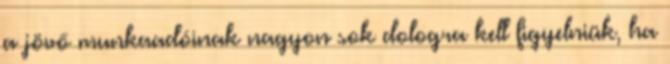
a jövő munkaadóinak nagyon sok dologra kell figyelniük, ha